Rangoon Lunatic Asylum 1893-1897 - 1893-1897
Year: 1893
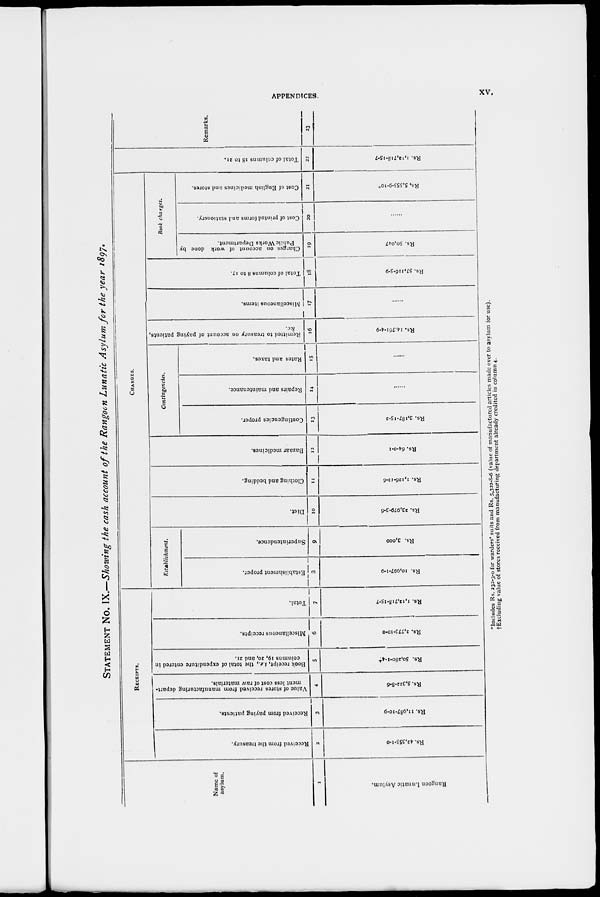
APPENDICES.
xv.
STATEMENT NO. IX.—Showing the cash account of the Rangoon Lunatic Asylum for the year 1897.
Name of
asylum.
1
Rangoon Lunatic Asylum.
RECEIPTS.
Received from the treasury.
2
Rs. 42,355-1-0
Received from paying patients.
3
Rs. 11,987-10-9
Value of stores received from manufacturing depart-
ment less cost of raw materials.
4
Rs. 5,322-8-6
Book receipt, i.e., the total of expenditure entered in
columns 19, 20, and 21.
5
Rs. 50,280-1-4†
Miscellaneous receipts.
6
Rs. 2,773-10-0
Total.
7
Rs. 1,12,718-15-7
CHARGES.
Establishment.
Establishment proper.
8
Rs. 10,997-1-9
Superintendence.
9
Rs. 3,000
Diet.
10
Rs. 23,979-3-6
Clothing and bedding.
11
Rs. 1,126-12-6
Bazaar medicines.
12
Rs. 64-0-1
Contingencies.
Contingencies proper.
13
Rs. 3,187-15-2
Repairs and maintenance.
14
....
Rates and taxes.
15
Remitted to treasury on account of paying patients,
&c.
16
Rs. 14,761-4-9
Miscellaneous items.
17
....
Total of columns 8 to 17.
18
Rs. 57,116-5-9
Book charges.
Charges on account of work done by
Public Works Department.
19
Rs. 50,047
Cost of printed forms and stationery.
20
Cost of English medicines and stores.
21
Rs. 5,555-9-10*
Total of columns 18 to 21.
22
Rs. 1,12,718-15-7
Remarks.
23
*Includes Rs. 232-3-0 for warders' suits and Rs. 5,322-8-6 (value of manufactured articles made over to asylum for use).
†Excluding value of stores received from manufacturing department already credited in column 4.